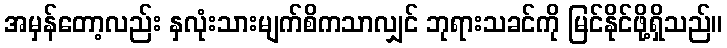
အမှန်တော့လည်း နှလုံးသားမျက်စိကသာလျှင် ဘုရားသခင်ကို မြင်နိုင်ဖို့ရှိသည်။